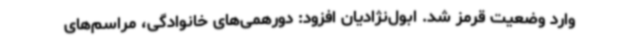
وارد وضعیت قرمز شد. ابول‌نژادیان افزود: دورهمی‌های خانوادگی، مراسم‌های